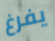
يفرغ